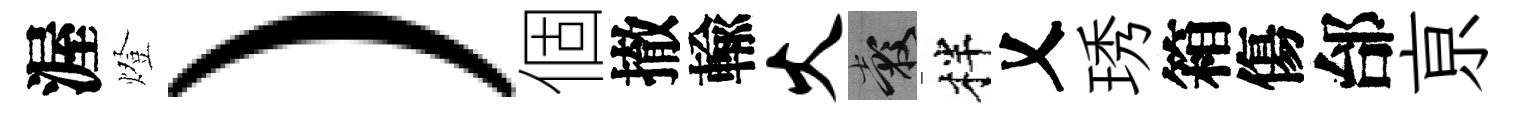
渥燈）個撤輸火穀柈乂琇箱傷邰亰